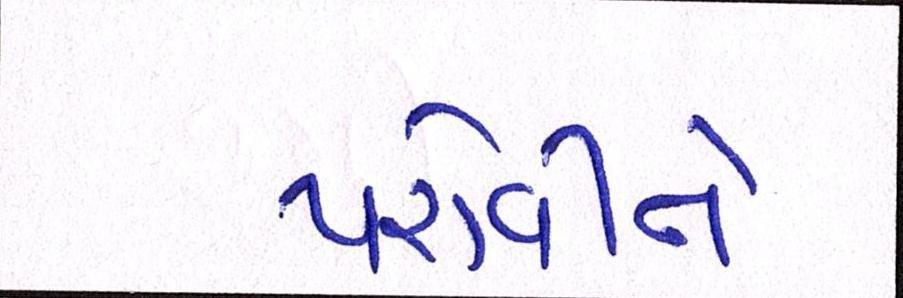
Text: પરોવીને